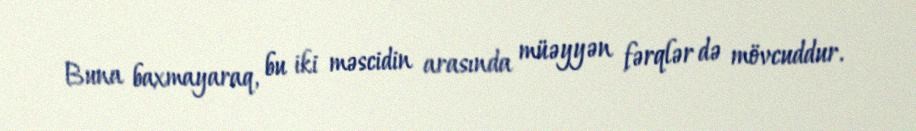
Buna baxmayaraq, bu iki məscidin arasında müəyyən fərqlər də mövcuddur.